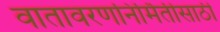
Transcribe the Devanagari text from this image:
वातावरणनिर्मितीसाठी